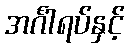
အင်္ဂါရပ်နှင့်